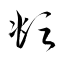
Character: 頫